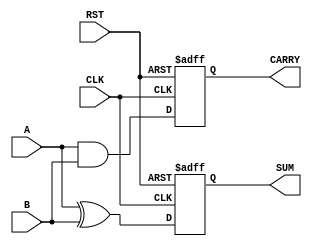
module sequential_half_adder (
    input wire A,        // First input bit
    input wire B,        // Second input bit
    input wire CLK,      // Clock signal
    input wire RST,      // Reset signal
    output reg SUM,      // Sum output
    output reg CARRY     // Carry output
);

    // Internal state registers to hold previous sum and carry
    reg prev_sum;        // Previous sum
    reg prev_carry;      // Previous carry

    // Combinational logic to compute current sum and carry
    wire current_sum = A ^ B;      // XOR for sum
    wire current_carry = A & B;    // AND for carry

    // Sequential logic for state transition
    always @(posedge CLK or posedge RST) begin
        if (RST) begin
            // Reset state registers
            prev_sum <= 1'b0;
            prev_carry <= 1'b0;
            SUM <= 1'b0;
            CARRY <= 1'b0;
        end else begin
            // Update the outputs with the current computed values
            SUM <= current_sum;       // Update SUM
            CARRY <= current_carry;   // Update CARRY
            
            // Store current outputs in previous registers
            prev_sum <= current_sum;
            prev_carry <= current_carry;
        end
    end

endmodule